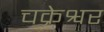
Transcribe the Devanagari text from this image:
चक्रेश्वर